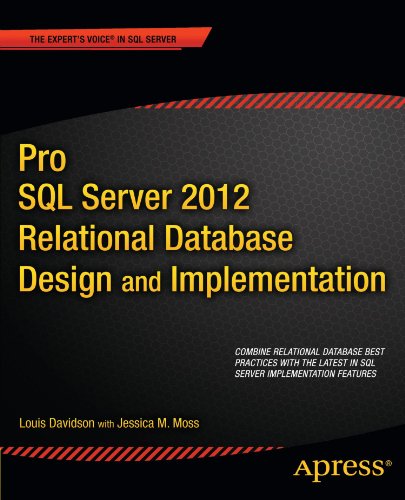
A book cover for Pro SQL Server 2012 Relational Database Design and Implementation (Expert's Voice in SQL Server); Louis Davidson; Computers & Technology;